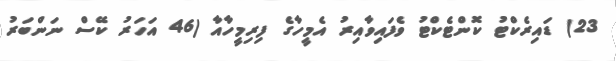
23) ޑައިރެކްޓު ކޮންޓެކްޓު ވެފައިވާއިރު އެމީހާގެ ފިރިމީހާއާ (46 އަހަރު ކޭސް ނަންބަރު